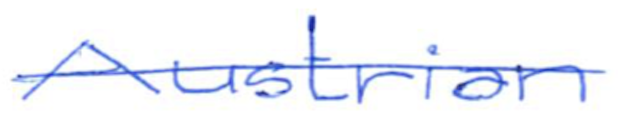
Text: Austrian
Cross-out: single-line
Writing tool: ballpoint